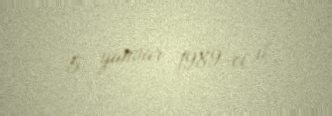
5 yanvar 1989-ci il